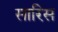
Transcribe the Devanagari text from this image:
सारिस